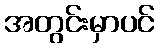
အတွင်းမှာပင်